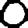
Digit: 0